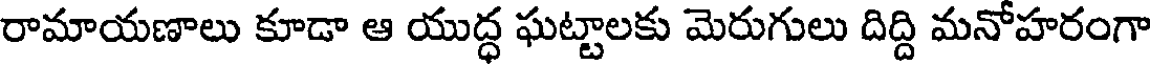
రామాయణాలు కూడా ఆ యుద్ధ ఘట్టాలకు మెరుగులు దిద్ది మనోహరంగా